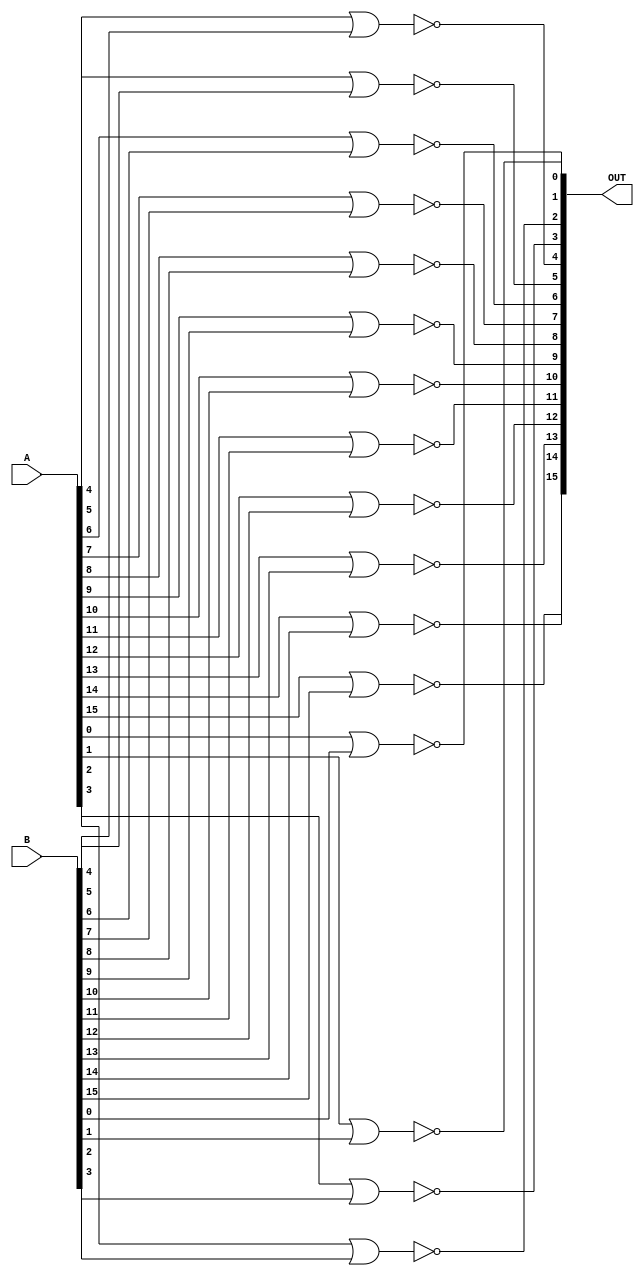
module POS_NOR(
output wire[15:0]OUT,
input wire[15:0]A,
input wire[15:0]B
    );
nor nor0(OUT[0],A[0],B[0]);    
nor nor1(OUT[1],A[1],B[1]);  
nor nor2(OUT[2],A[2],B[2]);  
nor nor3(OUT[3],A[3],B[3]);  
nor nor4(OUT[4],A[4],B[4]);    
nor nor5(OUT[5],A[5],B[5]);  
nor nor6(OUT[6],A[6],B[6]);  
nor nor7(OUT[7],A[7],B[7]); 
nor nor8(OUT[8],A[8],B[8]);    
nor nor9(OUT[9],A[9],B[9]);  
nor nor10(OUT[10],A[10],B[10]);  
nor nor11(OUT[11],A[11],B[11]); 
nor nor12(OUT[12],A[12],B[12]);    
nor nor13(OUT[13],A[13],B[13]);  
nor nor14(OUT[14],A[14],B[14]);  
nor nor15(OUT[15],A[15],B[15]); 

endmodule